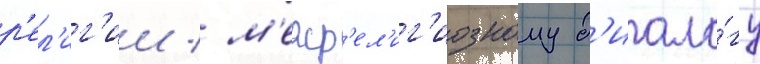
р'ел'иг'ии / м'ежр'ел'иг'иозному д'иало́гу